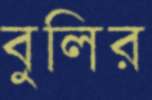
বুলির